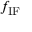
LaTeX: f _ { \mathrm { I F } }